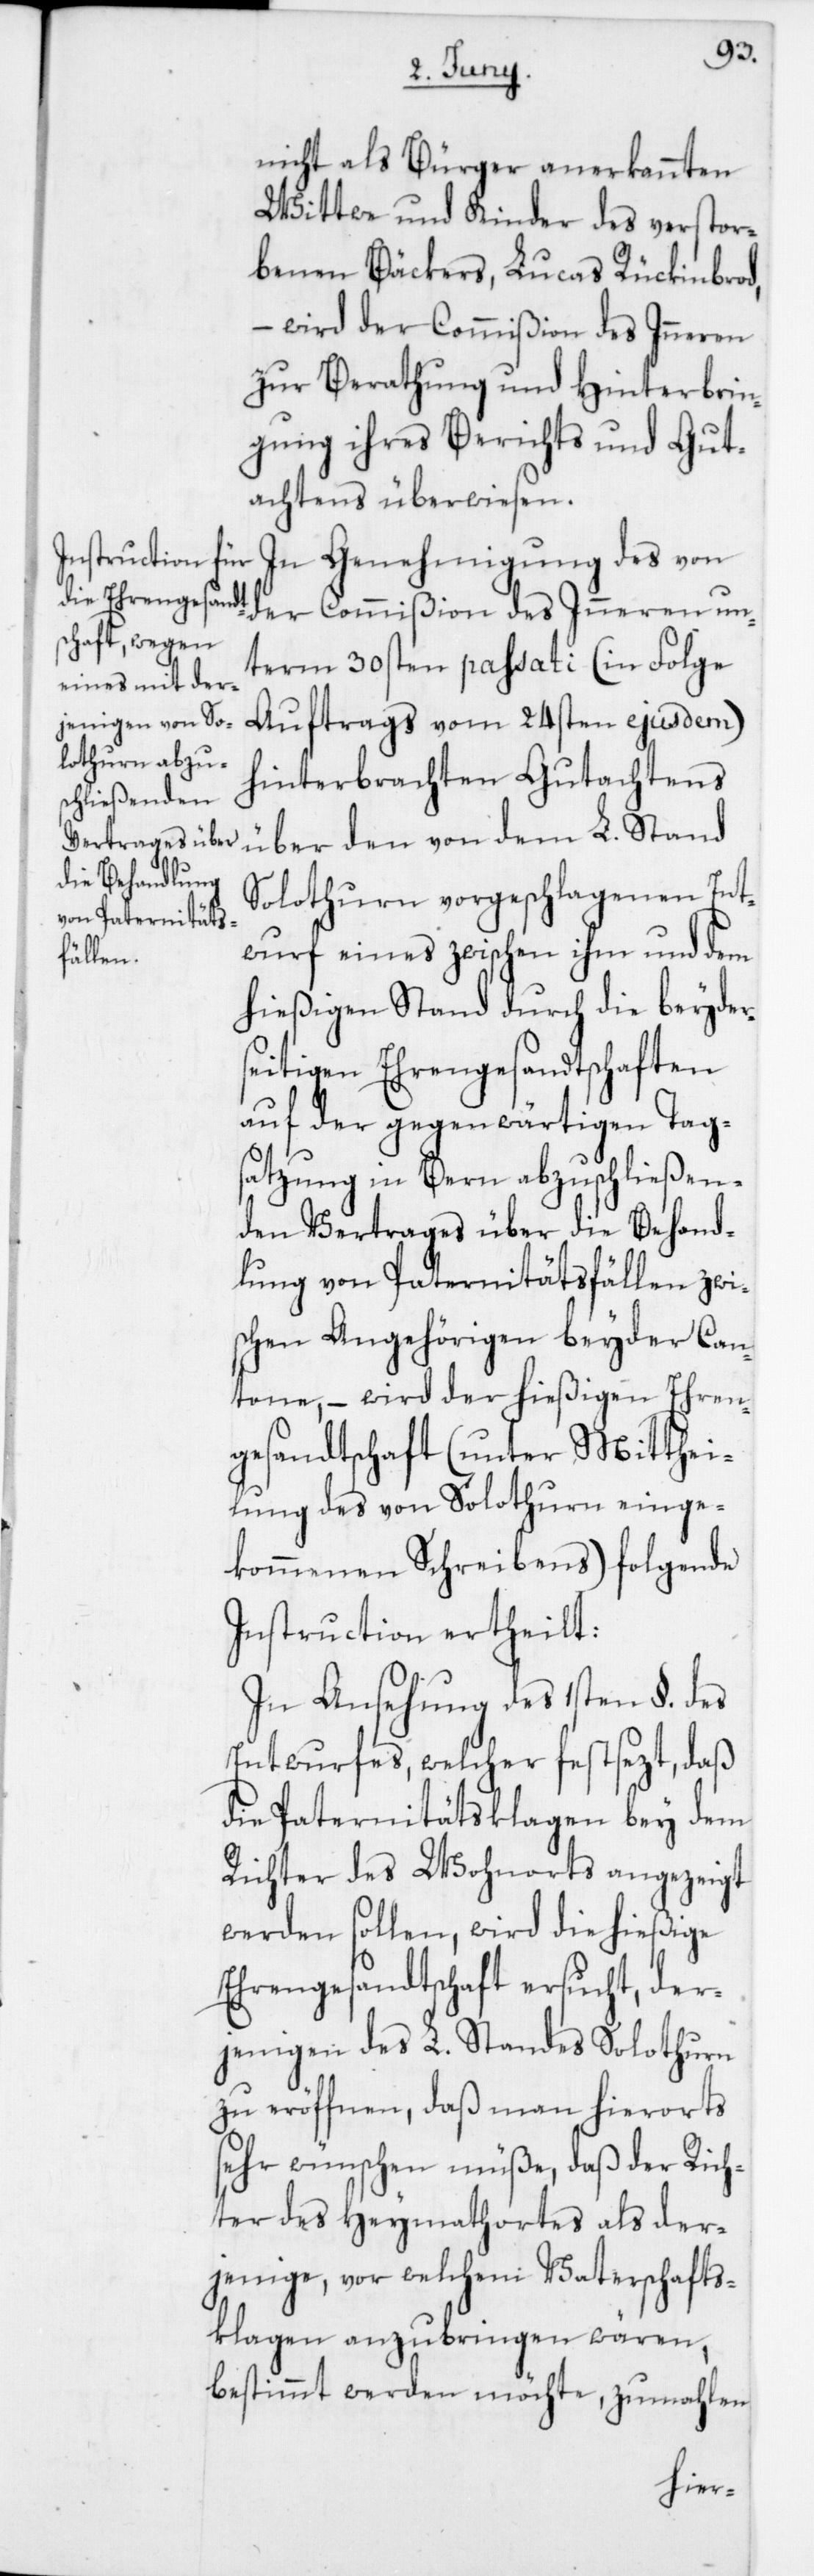
nicht als Bürger anerkannten
Wittwe und Kinder des verstor¬
benen Bäckers Lucas Rückinbrod,
– wird der Commißion des Inneren
zur Berathung und Hinterbrin¬
gung ihres Berichts und Gut¬
achtens überwiesen.
In Genehmigung des von
der Commißion des Inneren un¬
term 30sten passati (in Folge
Auftrags vom 24sten ejusdem)
hinterbrachten Gutachtens
über den von dem L. Stand
Solothurn vorgeschlagenen Ent¬
wurf eines zwischen ihm und dem
hießigen Stand durch die beyder¬
seitigen Ehrengesandtschaften
auf der gegenwärtigen Tags¬
atzung in Bern abzuschließen¬
den Vertrages über die Behand¬
lung von Paternitätsfällen zwi¬
schen Angehörigen beyder Can¬
tone, – wird der hießigen Ehren¬
gesandtschaft (unter Mitthei¬
lung des von Solothurn einge¬
kommenen Schreibens) folgende
Instruction ertheilt:
In Ansehung des 1sten §. des
Entwurfes, welcher festsezt, daß
die Paternitätsklagen bey dem
Richter des Wohnorts angezeigt
werden sollen, wird die hießige
Ehrengesandtschaft ersucht, der¬
jenigen des L. Standes Solothurn
zu eröffnen, daß man hierorts
sehr wünschen müße, daß der Rich¬
ter des Heymathortes als der¬
jenige, vor welchem Vaterschafts¬
klagen anzubringen wären,
bestimmt werden möchte, zumahlen